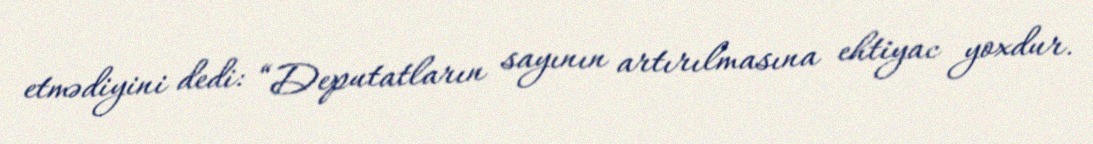
etmədiyini dedi: “Deputatların sayının artırılmasına ehtiyac yoxdur.